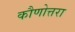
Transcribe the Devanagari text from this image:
कौणोत्तरा